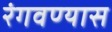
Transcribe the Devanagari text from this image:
रंगवण्यास